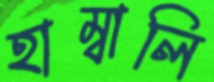
হাম্বালি